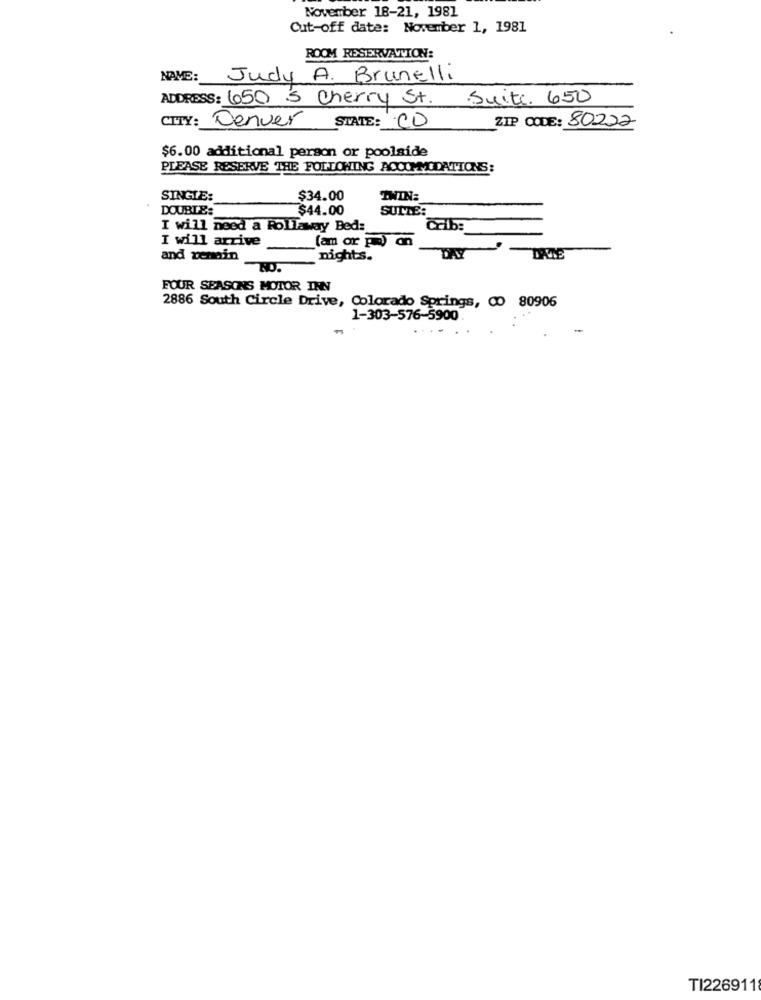
November 18-21, 1981
Cut-off date: November 1, 1981
ROOM RESERVAVON:
NAME: Judy A. Brunelli
ADDRESS: 650 S Cherry St. Suite. 650
CITY: Denver STATE: CO
ZIP CODE: 80222
$6.00 additional person or poolside
PLEASE RESERVE THE FOLLOWING ACCOMMODATIONS:
SINGLE:
$34.00
TWIN:
DOUBTE:
$44.00
SULLE:
I will need a Rollaway Bed:
Crib:
(am or ) on
I will arrive
and remain
nights.
DAY
-
DALLE
-NO.
FOUR SEASONS MOTOR INN
2886 South Circle Drive, Colorado Springs, CO 80906
1-303-576-5900
...
TI226911